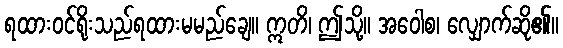
ရထားဝင်ရိုးသည်ရထားမမည်ချေ။ ဣတိ၊ ဤသို့။ အဝေါစ၊ လျှောက်ဆို၏။